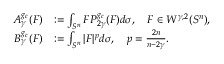
\begin{array} { r l } { A _ { \gamma } ^ { g _ { c } } ( F ) } & { : = \int _ { S ^ { n } } F P _ { 2 \gamma } ^ { g _ { c } } ( F ) d \sigma , \quad F \in W ^ { \gamma , 2 } ( S ^ { n } ) , } \\ { B _ { \gamma } ^ { g _ { c } } ( F ) } & { : = \int _ { S ^ { n } } | F | ^ { p } d \sigma , \quad p = \frac { 2 n } { n - 2 \gamma } . } \end{array}